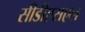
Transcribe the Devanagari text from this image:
सीडीएसएल